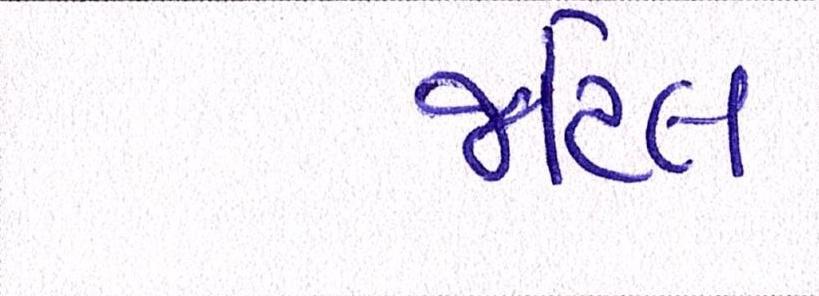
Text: જટિલ